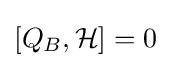
[Q_{B},{\mathcal {H}}]=0